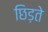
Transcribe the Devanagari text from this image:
छिड़ते